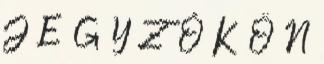
J E G Y Z Ő K Ö N